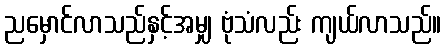
ညမှောင်လာသည်နှင့်အမျှ ဗုံသံလည်း ကျယ်လာသည်။